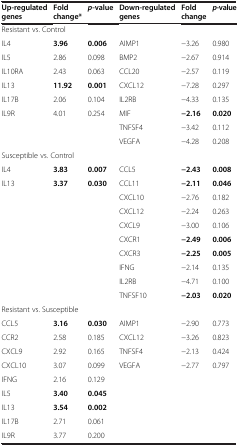
| Up-regulated genes | Fold change* | p-value | Down-regulated genes | Fold change | p-value |
 | --- | --- | --- | --- | --- | --- |
 | <COLSPAN=6> Resistant vs. Control |
 | IL4 | 3.96 | 0.006 | AIMP1 | −3.26 | 0.980 |
 | IL5 | 2.86 | 0.098 | BMP2 | −2.67 | 0.914 |
 | IL10RA | 2.43 | 0.063 | CCL20 | −2.57 | 0.119 |
 | IL13 | 11.92 | 0.001 | CXCL12 | −7.28 | 0.297 |
 | IL17B | 2.06 | 0.104 | IL2RB | −4.33 | 0.135 |
 | IL9R | 4.01 | 0.254 | MIF | −2.16 | 0.020 |
 |  |  |  | TNFSF4 | −3.42 | 0.112 |
 |  |  |  | VEGFA | −4.28 | 0.208 |
 | <COLSPAN=6> Susceptible vs. Control |
 | IL4 | 3.83 | 0.007 | CCL5 | −2.43 | 0.008 |
 | IL13 | 3.37 | 0.030 | CCL11 | −2.11 | 0.046 |
 |  |  |  | CXCL10 | −2.76 | 0.182 |
 |  |  |  | CXCL12 | −2.24 | 0.263 |
 |  |  |  | CXCL9 | −3.00 | 0.106 |
 |  |  |  | CXCR1 | −2.49 | 0.006 |
 |  |  |  | CXCR3 | −2.25 | 0.005 |
 |  |  |  | IFNG | −2.14 | 0.135 |
 |  |  |  | IL2RB | −4.71 | 0.100 |
 |  |  |  | TNFSF10 | −2.03 | 0.020 |
 | <COLSPAN=6> Resistant vs. Susceptible |
 | CCL5 | 3.16 | 0.030 | AIMP1 | −2.90 | 0.773 |
 | CCR2 | 2.58 | 0.185 | CXCL12 | −3.26 | 0.823 |
 | CXCL9 | 2.92 | 0.165 | TNFSF4 | −2.13 | 0.424 |
 | CXCL10 | 3.07 | 0.099 | VEGFA | −2.77 | 0.797 |
 | IFNG | 2.16 | 0.129 |  |  |  |
 | IL5 | 3.40 | 0.045 |  |  |  |
 | IL13 | 3.54 | 0.002 |  |  |  |
 | IL17B | 2.71 | 0.061 |  |  |  |
 | IL9R | 3.77 | 0.200 |  |  |  |